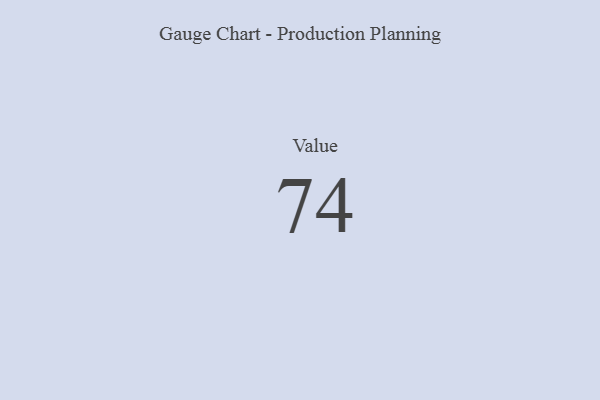
{"axis": {"x": "Metric", "y": "Value"}, "legend": [""], "data": [{"x": "Value", "y": 74, "type": ""}]}